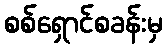
စစ်ရှောင်စခန်းမှ